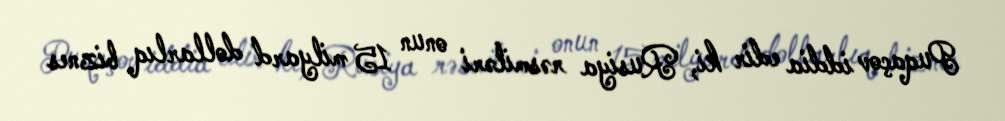
Puqaçov iddia edir ki, Rusiya rəsmiləri onun 15 milyard dollarlıq biznes